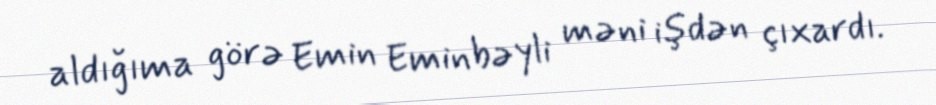
aldığıma görə Emin Eminbəyli məni işdən çıxardı.